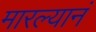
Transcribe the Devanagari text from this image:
मारल्यानं